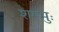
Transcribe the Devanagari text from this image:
शम्भुः